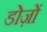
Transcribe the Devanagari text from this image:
डोज़ों